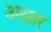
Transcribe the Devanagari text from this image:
अख्‍तर